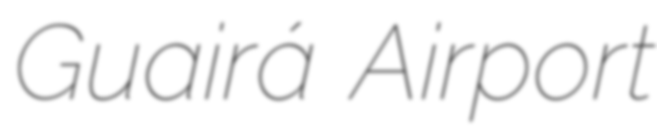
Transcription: Guairá Airport